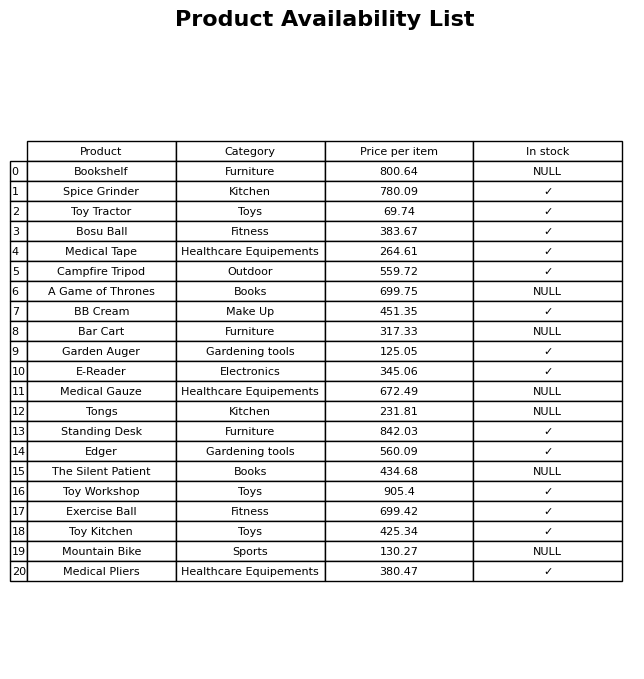
question: What is the price for Bar Cart?
answer: The price of Bar Cart is 317.33.